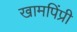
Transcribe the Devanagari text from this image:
खामपिंप्री